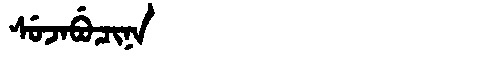
Manchu: ᠰᡠᠵᠠᠪᡠᠴᡳᠨᠠ
Romanization: SUJABUCINA